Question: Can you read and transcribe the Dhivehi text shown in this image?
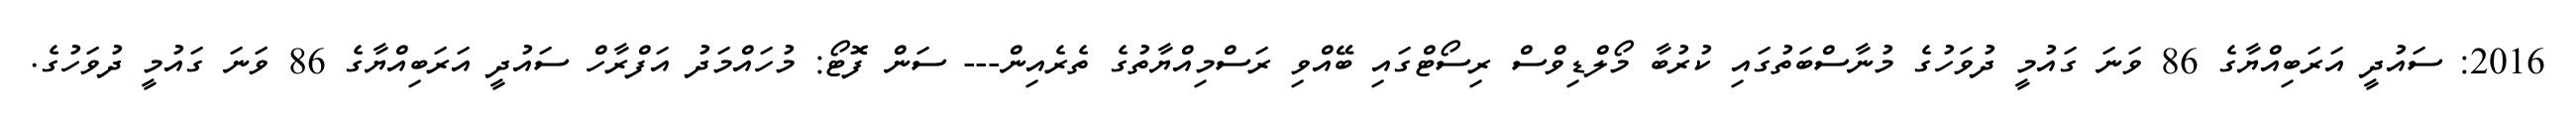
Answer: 2016: ސައުދީ އަރަބިއްޔާގެ 86 ވަނަ ގައުމީ ދުވަހުގެ މުނާސްބަތުގައި ކުރުބާ މޯލްޑިވްސް ރިސޯޓްގައި ބޭއްވި ރަސްމިއްޔާތުގެ ތެރެއިން--- ސަން ފޮޓޯ: މުހައްމަދު އަފްރާހް ސައުދީ އަރަބިއްޔާގެ 86 ވަނަ ގައުމީ ދުވަހުގެ.